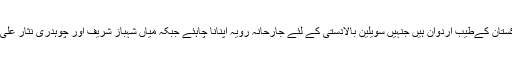
میاں نوازشریف کو اپنے مشیروں کا گروپ باور کرارہا تھا کہ وہ پاکستان کےطیب اردوان ہیں جنہیں سویلین بالادستی کے لئے جارحانہ رویہ اپنانا چاہئے جبکہ میاں شہباز شریف اور چوہدری نثار علی خان زمینی حقائق کو مدنظر رکھ کر مفاہمت کی تلقین کررہے تھے۔